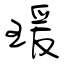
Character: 瑗